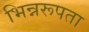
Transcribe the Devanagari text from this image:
भिन्नरूपता